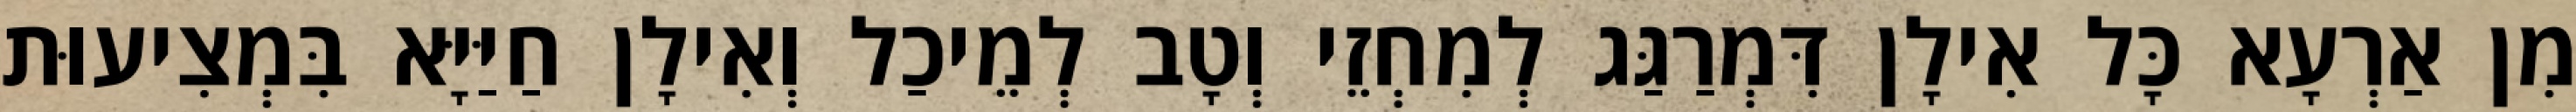
מִן אַרְעָא כָּל אִילָן דִּמְרַגַּג לְמִחְזֵי וְטָב לְמֵיכַל וְאִילָן חַיַּיָּא בִּמְצִיעוּת